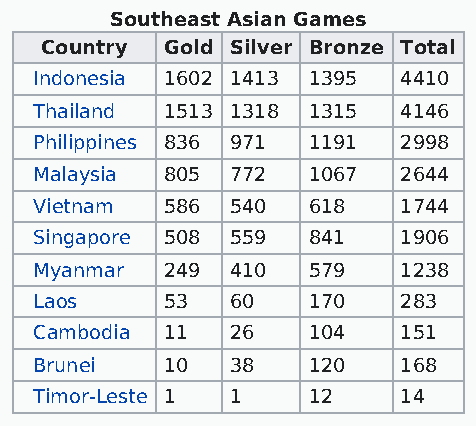
Southeast Asian Games
 Country Gold Silver Bronze Total
 Indonesia 1602 1413 1395 4410
 Thailand 1513 1318 1315 4146
 Philippines 836 971 1191 2998
 Malaysia 805 772  1067  2644
 Vietnam  586 540  618   1744
 Singapore 508 559 841   1906
 Myanmar  249 410  579   1238
 Laos     53  60   170   283
 Cambodia 11  26   104   151
 Brunei   10  38   120   168
 Timor-Leste 1 1   12    14